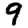
Digit: 9